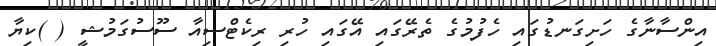
އިންސާނާގެ ހަށިގަނޑުގައި ހެފުމުގެ ތެރޭގައި އޭގައި ހުރި ރިކެޓްސިއާ ސޫސުގަމުޝީ ( )ކިޔާ